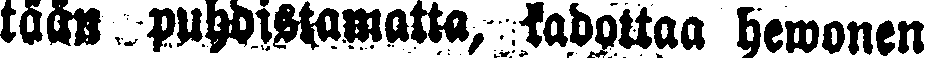
tään puhdistamatta, kadottaa hewonen